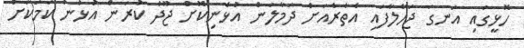
ހޮޅީގައި އަނގަ ޖަހާލާފައި އެތެރެއަށް ދަމާލަން އުޅެނިކޮށް ޖޫދު ކުރަން އުޅުނު ކަމަކަށް